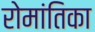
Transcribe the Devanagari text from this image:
रोमांतिका